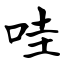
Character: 哇